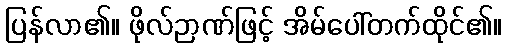
ပြန်လာ၏။ ဖိုလ်ဉာဏ်ဖြင့် အိမ်ပေါ်တက်ထိုင်၏။